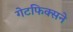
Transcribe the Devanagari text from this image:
गेटफिक्सने